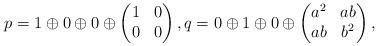
LaTeX: \begin{align*}p= 1\oplus 0\oplus 0\oplus \begin{pmatrix}1&0\\0&0\end{pmatrix},q= 0\oplus 1\oplus 0\oplus \begin{pmatrix}a^2&ab \\ab&b^2\end{pmatrix}, \end{align*}